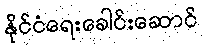
နိုင်ငံရေးခေါင်းဆောင်